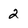
Character: 2